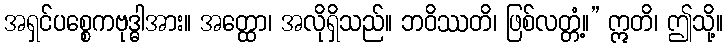
အရှင်ပစ္စေကဗုဒ္ဓါအား။ အတ္ထော၊ အလိုရှိသည်။ ဘဝိဿတိ၊ ဖြစ်လတ္တံ့။” ဣတိ၊ ဤသို့။